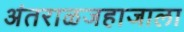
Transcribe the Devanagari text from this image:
अंतराळजहाजाला